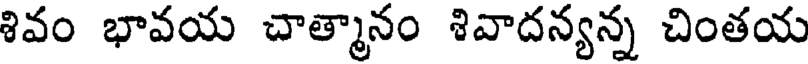
శివం భావయ చాత్మానం శివాదన్యన్న చింతయ